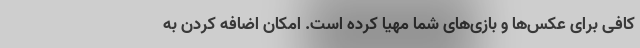
کافی برای عکس‌ها و بازی‌های شما مهیا کرده است. امکان اضافه کردن به